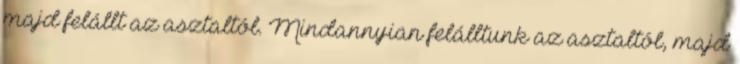
majd felállt az asztaltól. Mindannyian felálltunk az asztaltól, majd